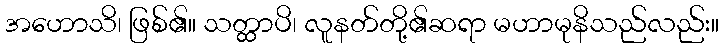
အဟောသိ၊ ဖြစ်၏။ သတ္ထာပိ၊ လူနတ်တို့၏ဆရာ မဟာမုနိသည်လည်း။